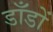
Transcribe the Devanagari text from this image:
डाँडों